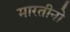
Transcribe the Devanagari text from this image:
मारतीनो